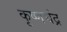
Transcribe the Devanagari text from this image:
कृष्‍णचंद्र